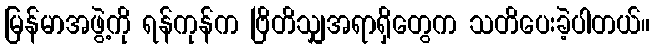
မြန်မာအဖွဲ့ကို ရန်ကုန်က ဗြိတိသျှအရာရှိတွေက သတိပေးခဲ့ပါတယ်။